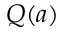
Q ( a )